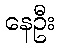
နေဦး